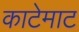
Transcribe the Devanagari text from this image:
काटेमाट